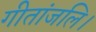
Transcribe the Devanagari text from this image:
गीतांजलि।